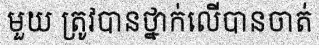
មួយ ត្រូវបានថ្នាក់លើបានចាត់